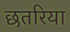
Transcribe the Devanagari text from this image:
छतरिया